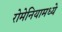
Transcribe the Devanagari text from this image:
रोमेनियामध्ये